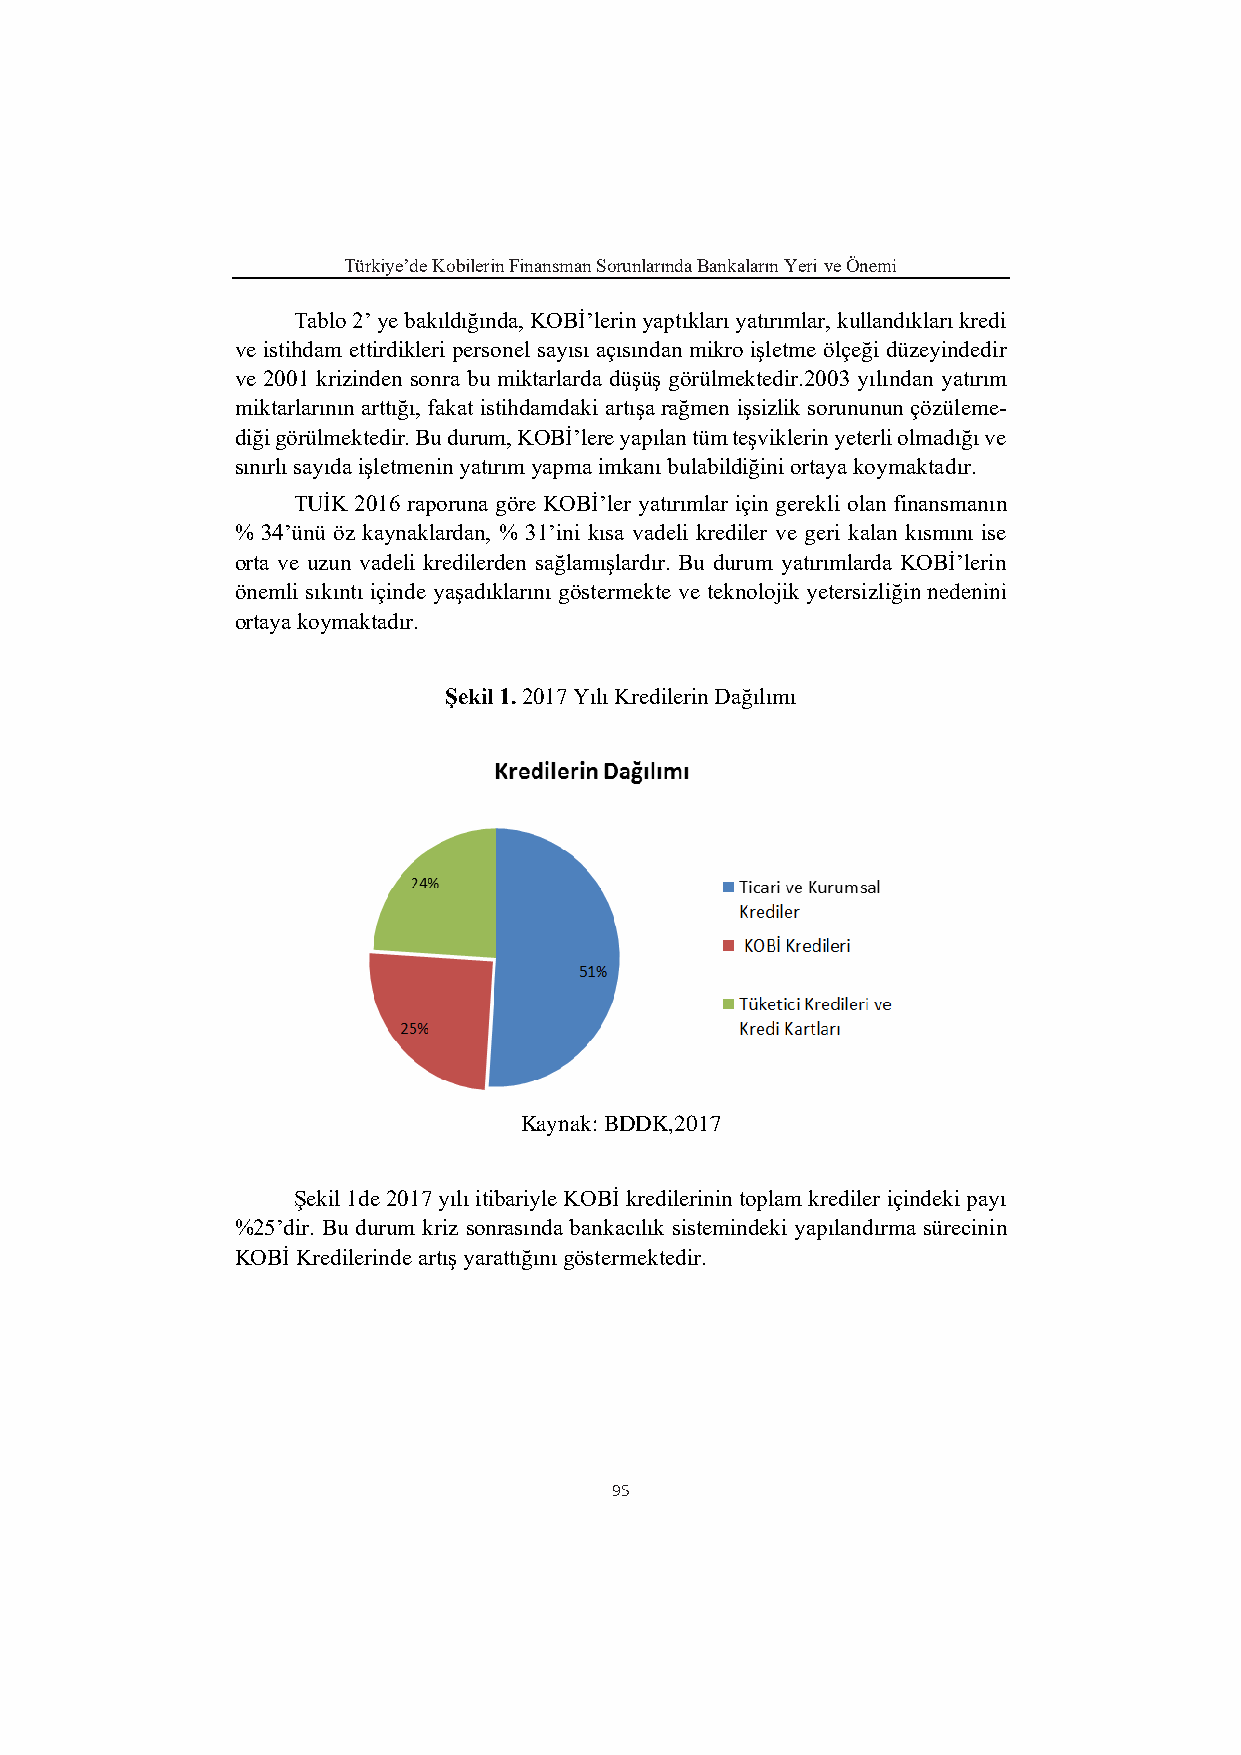
Türkiye’de Kobilerin Finansman Sorunlarında Bankaların Yeri ve Önemi
 Tablo 2’ ye bakıldığında, KOBİ’lerin yaptıkları yatırımlar, kullandıkları kredi
 ve istihdam ettirdikleri personel sayısı açısından mikro işletme ölçeği düzeyindedir
 ve 2001 krizinden sonra bu miktarlarda düşüş görülmektedir.2003 yılından yatırım
 miktarlarının arttığı, fakat istihdamdaki artışa rağmen işsizlik sorununun çözüleme-
 diği görülmektedir. Bu durum, KOBİ’lere yapılan tüm teşviklerin yeterli olmadığı ve
 sınırlı sayıda işletmenin yatırım yapma imkanı bulabildiğini ortaya koymaktadır.
 TUİK 2016 raporuna göre KOBİ’ler yatırımlar için gerekli olan finansmanın
 % 34’ünü öz kaynaklardan, % 31’ini kısa vadeli krediler ve geri kalan kısmını ise
 orta ve uzun vadeli kredilerden sağlamışlardır. Bu durum yatırımlarda KOBİ’lerin
 önemli sıkıntı içinde yaşadıklarını göstermekte ve teknolojik yetersizliğin nedenini
 ortaya koymaktadır.
 Şekil 1. 2017 Yılı Kredilerin Dağılımı
 Kaynak: BDDK,2017
 Şekil 1de 2017 yılı itibariyle KOBİ kredilerinin toplam krediler içindeki payı
 %25’dir. Bu durum kriz sonrasında bankacılık sistemindeki yapılandırma sürecinin
 KOBİ Kredilerinde artış yarattığını göstermektedir.
 95